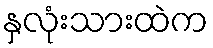
နှလုံးသားထဲက